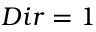
D i r = 1